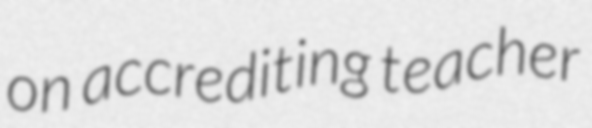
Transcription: on accrediting teacher